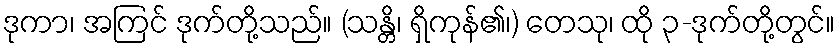
ဒုကာ၊ အကြင် ဒုက်တို့သည်။ (သန္တိ၊ ရှိကုန်၏၊) တေသု၊ ထို ၃-ဒုက်တို့တွင်။